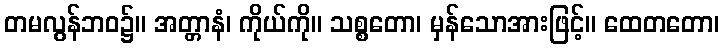
တမလွန်ဘဝ၌။ အတ္တာနံ၊ ကိုယ်ကို။ သစ္စတော၊ မှန်သောအားဖြင့်။ ထေတတော၊